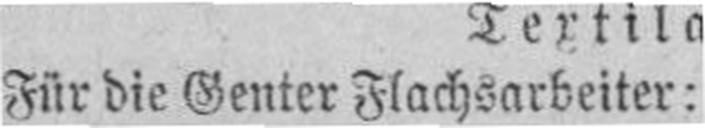
Für die Genter Flachsarbeiter: